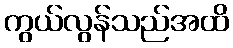
ကွယ်လွန်သည်အထိ